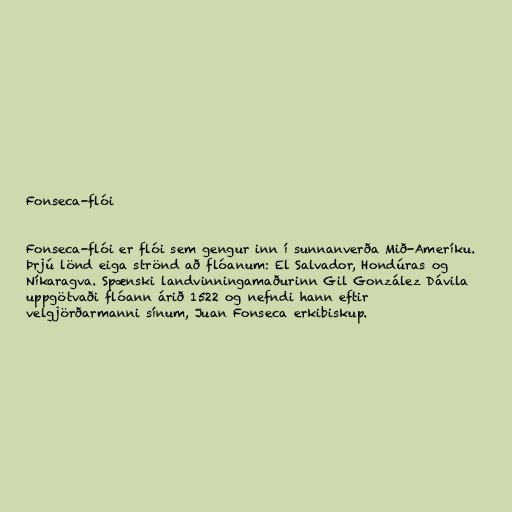
Fonseca-flói

Fonseca-flói er flói sem gengur inn í sunnanverða Mið-Ameríku.
Þrjú lönd eiga strönd að flóanum: El Salvador, Hondúras og
Níkaragva. Spænski landvinningamaðurinn Gil González Dávila
uppgötvaði flóann árið 1522 og nefndi hann eftir
velgjörðarmanni sínum, Juan Fonseca erkibiskup.